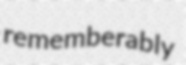
rememberably